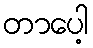
တာပေါ့